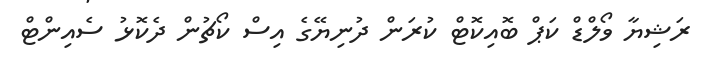
ރަޝިޔާ ވޯލްޑް ކަޕް ބޮއިކޮޓް ކުރަން ދުނިޔޭގެ އިސް ކޯޗުން ދެކޮޅު ސެއިންޓް